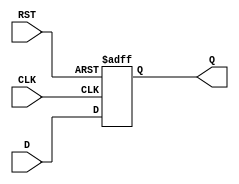
module Intermediate_Register #(
    parameter WIDTH = 8  // Parameter to define the width of the register
)(
    input  wire [WIDTH-1:0] D,    // Data input
    input  wire CLK,                // Clock input
    input  wire RST,                // Asynchronous reset
    output reg  [WIDTH-1:0] Q       // Data output
);

    // Asynchronous reset behavior
    always @ (posedge CLK or posedge RST) begin
        if (RST) begin
            Q <= {WIDTH{1'b0}};        // Clear register to 0 on reset
        end else begin
            Q <= D;                   // Capture data on clock edge
        end
    end

endmodule